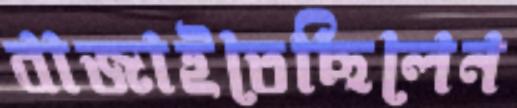
বাজাইতেছিলেন